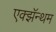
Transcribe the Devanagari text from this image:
एक्झॅन्थम